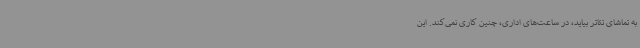
به تماشای تئاتر بیاید، در ساعت‌های اداری، چنین کاری نمی‌کند. این